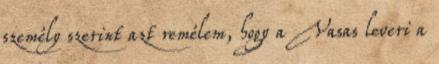
személy szerint azt remélem, hogy a Vasas leveri a